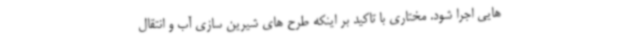
هایی اجرا شود. مختاری با تاکید بر اینکه طرح های شیرین سازی آب و انتقال